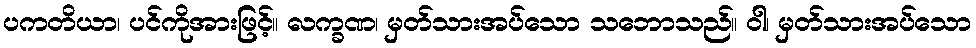
ပကတိယာ၊ ပင်ကိုအားဖြင့်။ လက္ခဏ၊ မှတ်သားအပ်သော သဘောသည်။ ဝါ၊ မှတ်သားအပ်သော